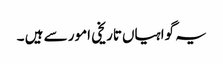
یہ گواہیاں‌تاریخی امور سے ہیں ۔